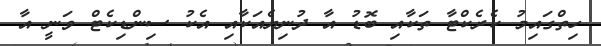
ހިތްގައިމު ކެރެކްޓާ ތަކާއި ބޮޑު އާ ދުނިޔެއަކާއި އެކު ސިންޑިކެޓް ވަނީ އާ